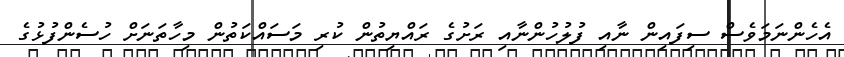
އެހެންނަމަވެސް ސިފައިން ނާއި ފުލުހުންނާއި ރަށުގެ ރައްޔިތުން ކުރި މަސައްކަތުން މިހާތަނަށް ހުސެންފުޅުގެ